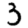
Digit: 3